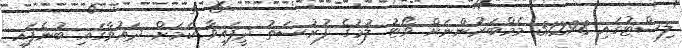
ލިސްޓުގައި 31298 މެމްބަރުންނަށް ވޯޓު ލުމުގެ ފުރުސަތު ދީފައިވާ ކަމަށް ދައުވާގައި ބުނެފައި